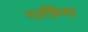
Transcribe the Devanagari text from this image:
गर्लफ्रैन्ड